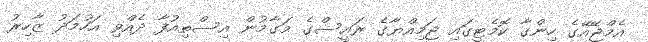
އެމްޖޭއޭގެ ހިންގާ ކޮމެޓީގައި ޖަމިއްޔާގެ ރައީސްގެ މަގާމުން އިސްތިއުފާ ދެއްވި އަހުމަދު ޒާހިރު